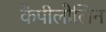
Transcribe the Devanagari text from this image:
कैपीलोलिन